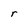
Character: r